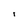
Character: i